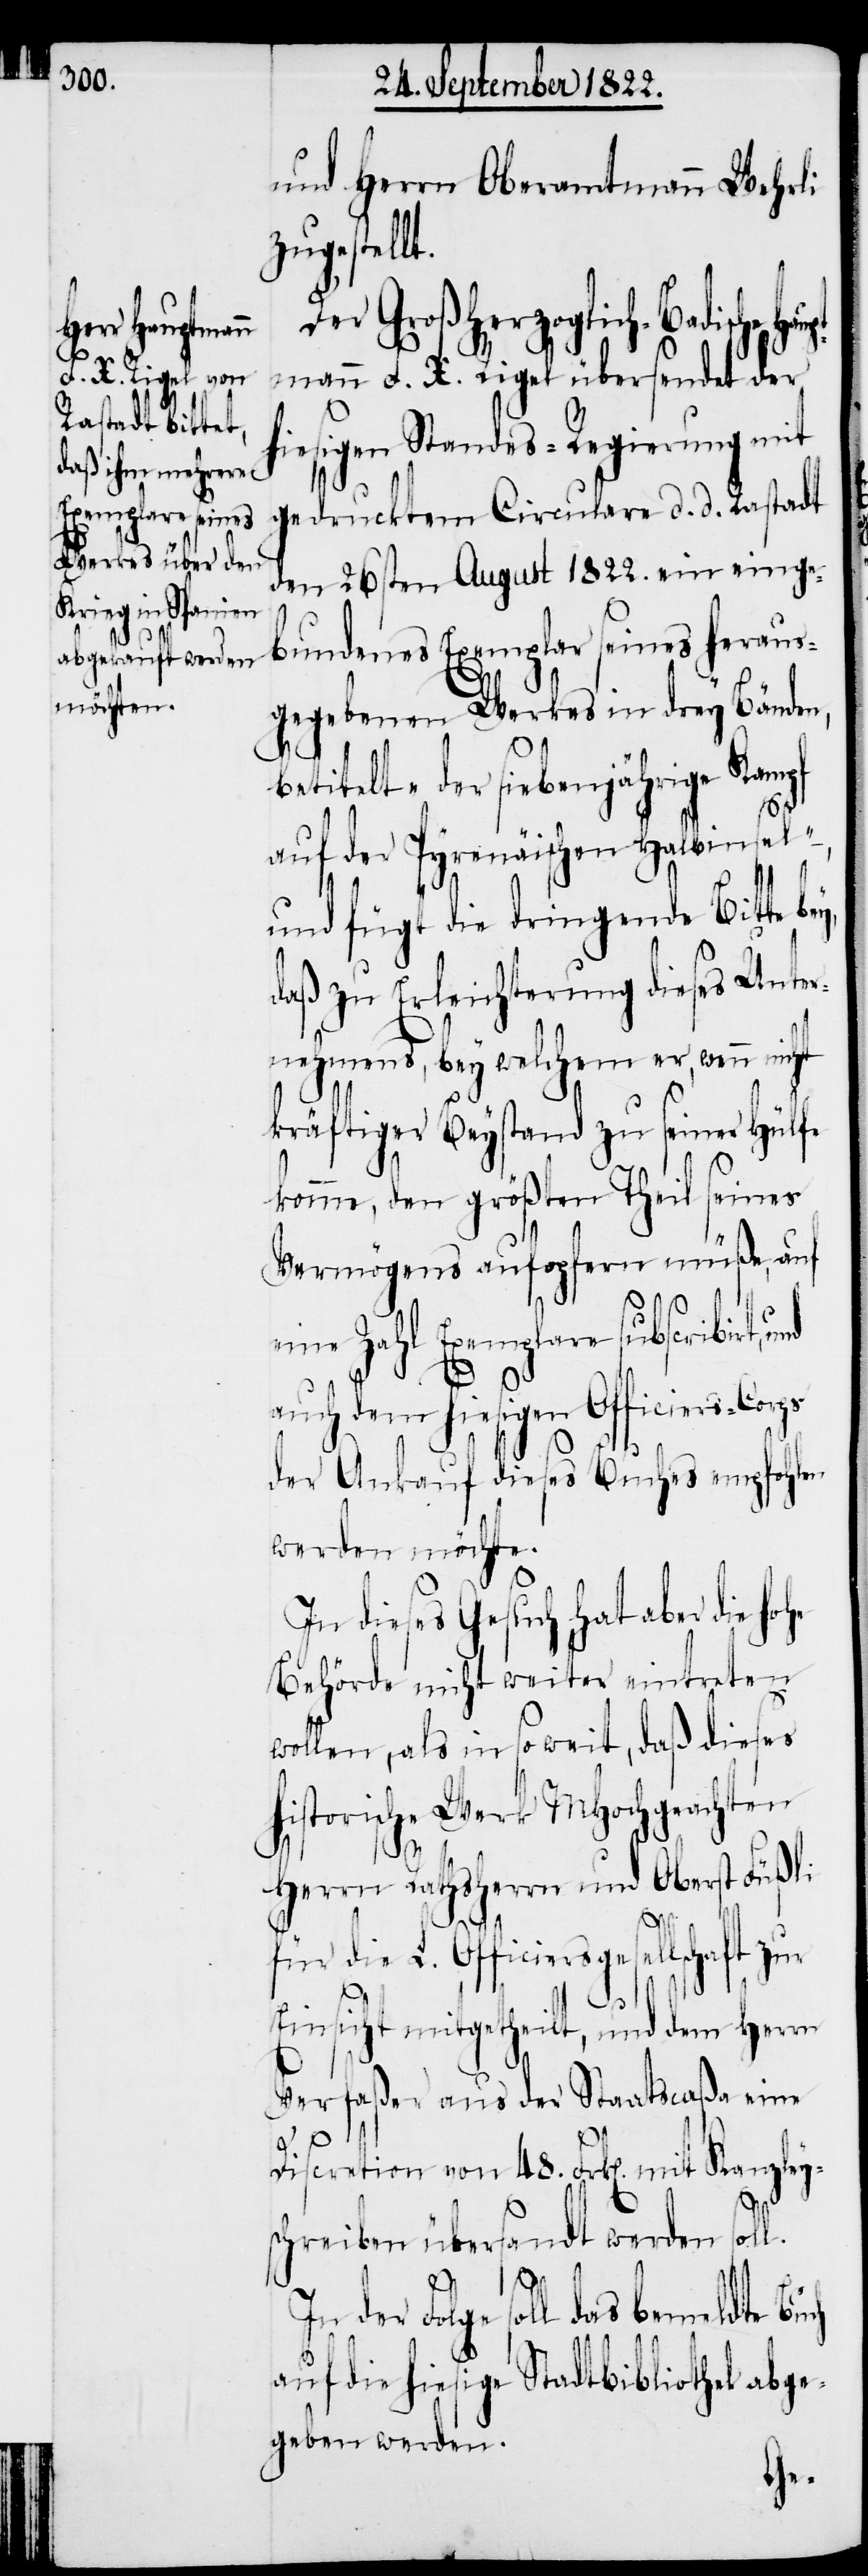
und Herrn Oberamtmann Wehrli
zugestel¬
Der Großherzoglich-Badische
mann F. X. Rigel übersendet der
hiesigen Standes-Regierung mit
gedrucktem Circulare d. d. Rastadt
den 26sten August 1822. ein einge¬
bundenes Exemplar seiners heraus¬
gegebenen Werkes in drey Bänden,
betitelt „der siebenjährige Kampf
auf der Pyrenäischen Halbinsel“
und fügt die dringende Bitte bey,
daß zu Erleichterung dieses Unter¬
nehmens, bey welchem er, wenn
kräftiger Beystand zu seiner Hülfe
komme, den größten Theil seines
Vermögens aufopfern müße, auf
eine Zahl Exemplare subscribirt,
auch dem hiesigen Officiers-Corps
der Ankauf dieses Buches empfohlen
werden möchte.
In dieses Gesuch hat aber die
Behörde nicht weiter eintreten
wollen, als in so weit, daß dieses
istorische Werk MHochgeachten
Herrn Rathsherrn und Oberst Füßli
für die L. Officiersgesellschaft zur
Einsicht mitgetheilt, und dem Herrn
Verfaßer aus der Staatscaßa eine
Discretion von 48. Frk[en] mit Kanzley¬
schreiben übersandt werden sol¬
l.
In der Folge soll das bemeldte Buch
auf die hiesige Stadtbibliothek abge¬
geben werden.